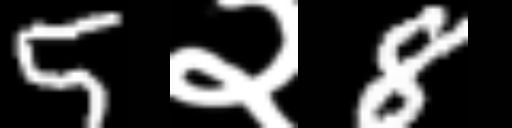
Text: 5२8